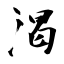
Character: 渴